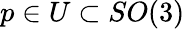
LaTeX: p\in U\subset SO(3)